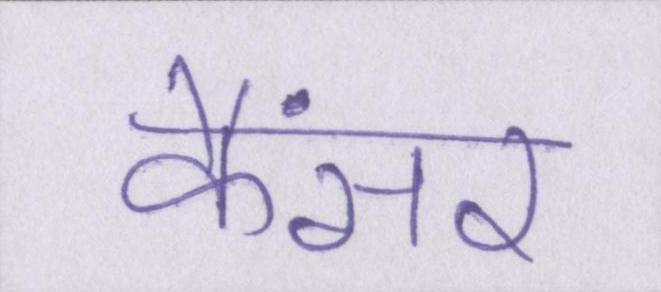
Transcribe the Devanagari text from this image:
कैंसर